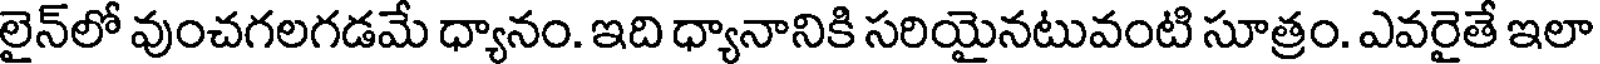
లైన్లో వుంచగలగడమే ధ్యానం. ఇది ధ్యానానికి సరియైనటువంటి సూత్రం. ఎవరైతే ఇలా